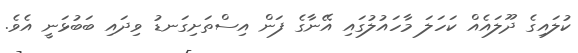
ކުލައިގެ ދޫލައެއް ކަހަލަ މާހައުލުގައި އޭނާގެ ފަން އިސްތަށިގަނޑު ވިދައި ބަބުޅަނީ އެވެ.